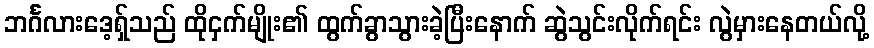
ဘင်္ဂလားဒေ့ရ်ှသည် ထိုငှက်မျိုး၏ ထွက်ခွာသွားခဲ့ပြီးနောက် ဆွဲသွင်းလိုက်ရင်း လွဲမှားနေတယ်လို့